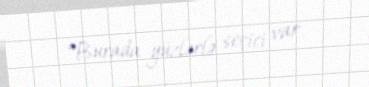
“Burada yüzlərlə seçici var.